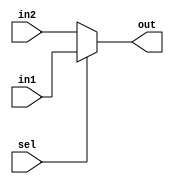
`timescale  1ns/1ns
////////////////////////////////////////////////////////////////////////
// Module Name   : mux2_1
// Project Name  : mux2_1
// Target Devices: Altera EP4CE10F17C8N
// Tool Versions : Quartus 13.0
// Description   : 21
//
// Revision      : V1.0
// Additional Comments:
// 
// : _Pro_FPGA
//     : http://www.embedfire.com
//     : http://www.firebbs.cn
//     : https://fire-stm32.taobao.com
////////////////////////////////////////////////////////////////////////

module  mux2_1              //module,mux2_1
(
    input   wire    in1,    //1,();,Verilog-2001,,Verilog-1995
    input   wire    in2,    //2,,wire
    input   wire    sel,    //,,,,

    output  reg     out     //,wirereg,always<=reg,assign=wire
);                          //;

//********************************************************************//
//***************************** Main Code ****************************//
//********************************************************************//
//out:sel
always@(*)                  //*,if,(*)always(sel, in1, in2)
    if(sel == 1'b1)         //if...else...begin...end,
        out = in1;          //always=,;
    else
        out = in2;

/*
//out:
always@(*)
    case(sel)
        1'b1    : out = in1;

        1'b0    : out = in2;

        default : out = in1;    //seldefaultsel,,default
    endcase
*/

/*
out:
assign out = (sel == 1'b1) ? in1 : in2; //,,"?,:
*/

endmodule                       //endmodulemoduleendmodule,